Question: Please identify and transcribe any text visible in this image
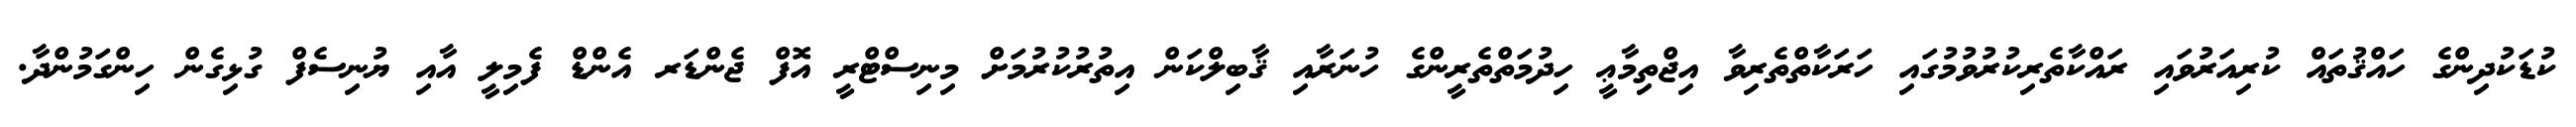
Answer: ކުޑަކުދިންގެ ހައްޤުތައް ކުރިއަރުވައި ރައްކާތެރިކުރުވުމުގައި ހަރަކާތްތެރިވާ އިޖްތިމާޢީ ހިދުމަތްތެރީންގެ ހުނަރާއި ޤާބިލްކަން އިތުރުކުރުމަށް މިނިސްޓްރީ އޮފް ޖެންޑަރ އެންޑް ފެމިލީ އާއި ޔުނިސެފް ގުޅިގެން ހިންގަމުންދާ.